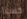
حسنا